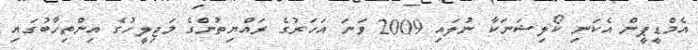
އެމްޑީޕީން އެކަނި ކޯލިޝަނަކާ ނުލައި 2009 ވަނަ އަހަރުގެ ރައްޔިތުންގެ މަޖިލީހުގެ އިންތިހާބުގައި